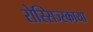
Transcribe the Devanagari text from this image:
रोस्सिज्स्काया